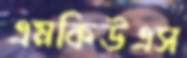
এমকিউএস